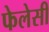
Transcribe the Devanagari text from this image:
फेलेसी